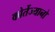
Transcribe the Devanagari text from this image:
कोर्तेज्यानो